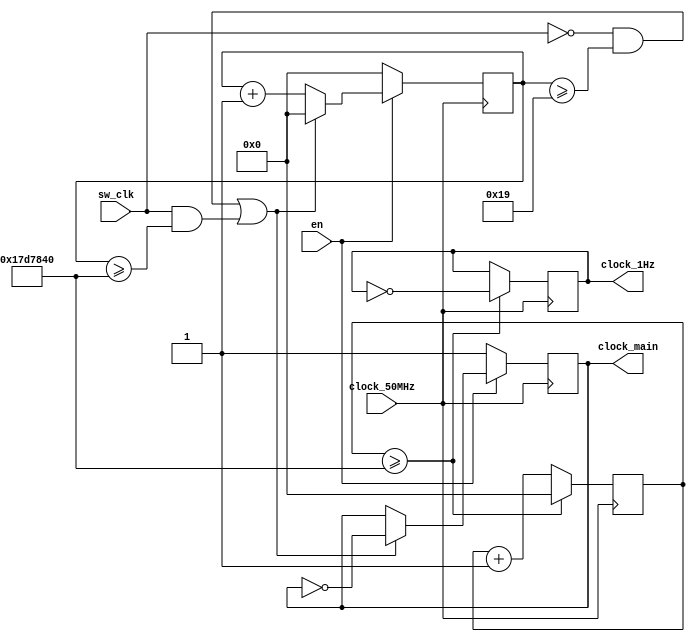
module clock(
    input sw_clk,
    input clock_50MHz,
    input en,
    output reg clock_main,
    output reg clock_1Hz
);
    reg [31:0]conter_main;
    reg [31:0]conter_1Hz;
    initial 
    begin
        clock_1Hz=1'b0;
        clock_main=1'b1;
        conter_main=32'd0; 
        conter_1Hz=32'd0; 
    end
    always@(posedge clock_50MHz)
    begin
        if(en==1'b0)
        begin
            conter_main<=32'd0;
            clock_main<=1'b1;
        end
        else if((sw_clk==1'b0 && conter_main>=32'd25) || (sw_clk==1'b1 && conter_main>=32'd25000000))
        begin
            clock_main<=~clock_main;
            conter_main<=32'd0;
        end
        else
            conter_main<=conter_main+32'd1;
    end

    always@(posedge clock_50MHz) 
    begin
        if(conter_1Hz>=32'd25000000)
        begin
            conter_1Hz<=32'd0;
            clock_1Hz<=~clock_1Hz;
        end
        else
            conter_1Hz<=conter_1Hz+32'd1;
    end

endmodule